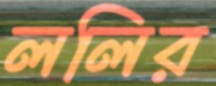
ললির